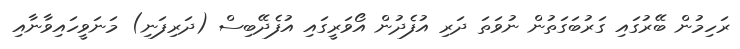
ރަހިމުން ބޭރުގައި ގަރުބަގަތުން ނުވަތަ ދަރި އުފެދުން އޯވަރީގައި އުފެދޭބިސް (ދަރިފަނި) މަނަވީހައިވާނާއި